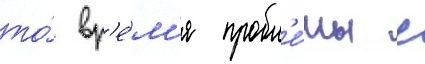
то́ вр'е́м'я пробл'е́мы с